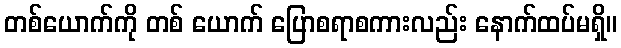
တစ်ယောက်ကို တစ် ယောက် ပြောစရာစကားလည်း နောက်ထပ်မရှိ။